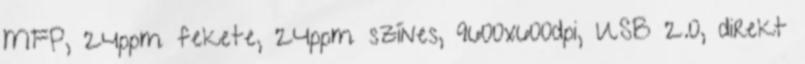
MFP, 24ppm fekete, 24ppm színes, 9600x600dpi, USB 2.0, direkt